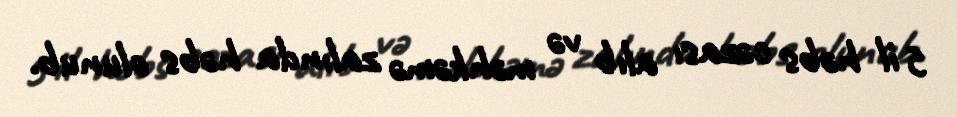
5 il həbs cəzası alıb və məhkəmə zalında həbs olunub.